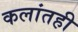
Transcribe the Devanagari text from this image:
कलांतही